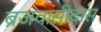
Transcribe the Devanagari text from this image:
ब्रजवासीदास